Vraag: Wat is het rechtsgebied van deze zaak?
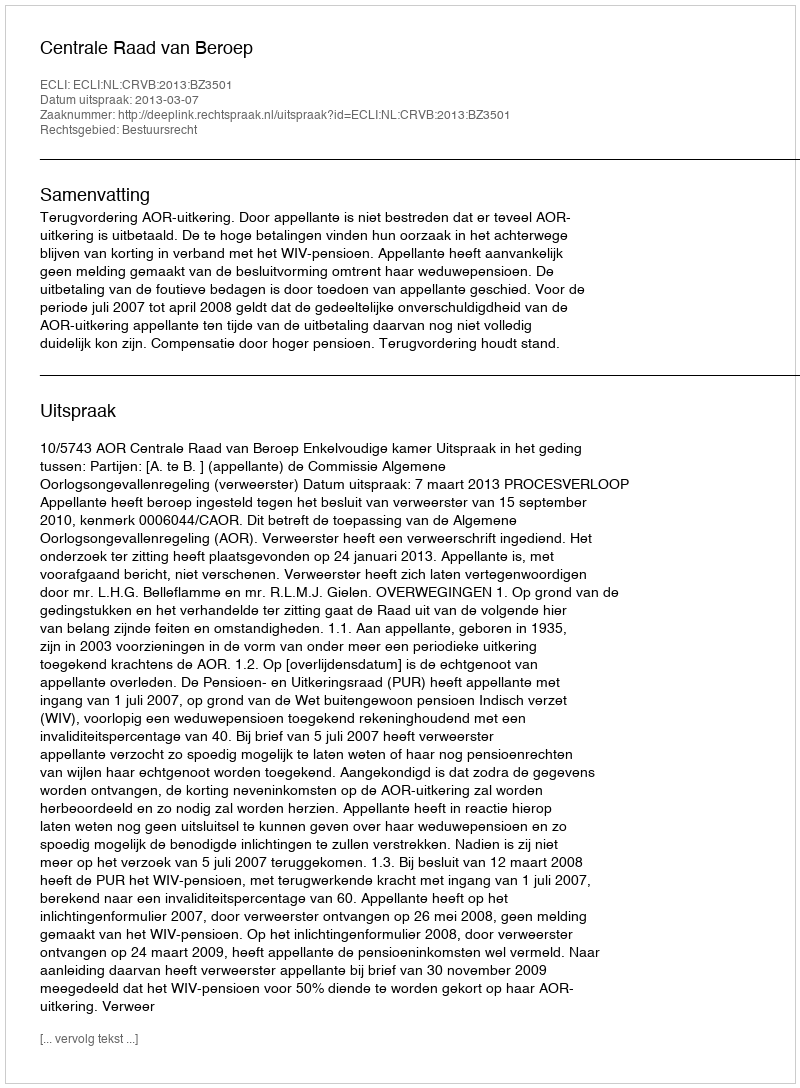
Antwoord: Bestuursrecht